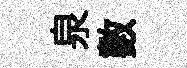
泉數